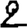
Digit: 2